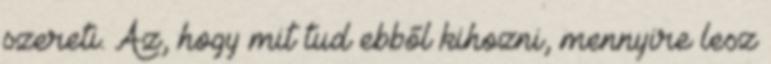
szereti. Az, hogy mit tud ebből kihozni, mennyire lesz